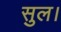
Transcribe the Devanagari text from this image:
सुल।